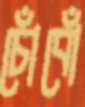
চোঁবোঁ